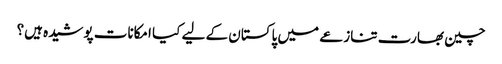
چین بھارت تنازعے میں پاکستان کے لیے کیا امکانات پوشیدہ ہیں؟